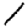
Digit: 1